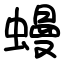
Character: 蟃